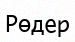
Рөдер